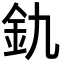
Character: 釚